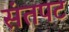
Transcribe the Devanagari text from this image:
संतपट